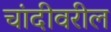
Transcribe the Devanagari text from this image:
चांदीवरील